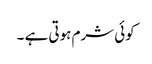
کوئی شرم ہوتی ہے ۔